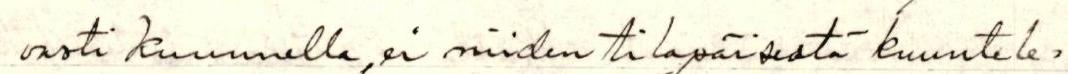
vasti kuunnella, ei niiden tilapäisestä kuuntele=